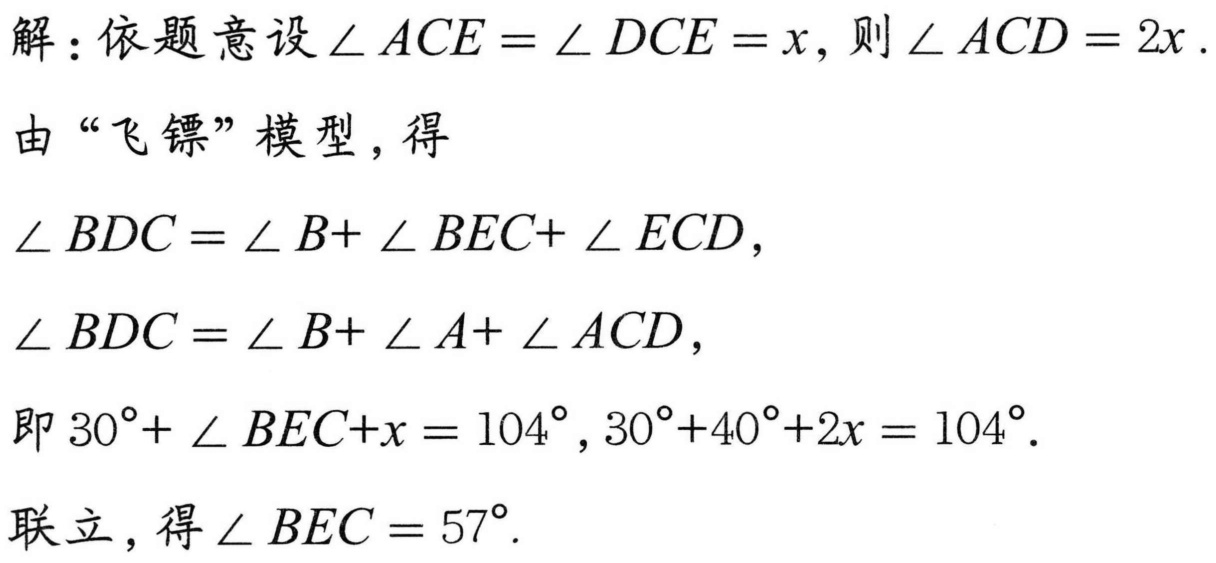
解：依题意设\(\angle ACE = \angle DCE = x\)，则\(\angle ACD = 2x\).
由“飞镖”模型，得
\(\angle BDC = \angle B+ \angle BEC+ \angle ECD\)，
\(\angle BDC = \angle B+ \angle A+ \angle ACD\)，
即\(30^{\circ}+ \angle BEC+x = 104^{\circ}\)，\(30^{\circ}+40^{\circ}+2x = 104^{\circ}\).
联立，得\(\angle BEC = 57^{\circ}\).